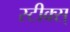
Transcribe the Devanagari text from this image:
स्टीक्स्